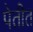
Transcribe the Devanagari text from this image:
पेतीत